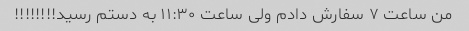
من ‌ساعت ۷ سفارش دادم ولی ساعت ۱۱:۳۰ به دستم رسید!!!!!!!!